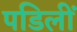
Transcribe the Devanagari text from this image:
पडिलीं